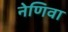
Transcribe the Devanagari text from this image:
नेणिवा